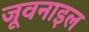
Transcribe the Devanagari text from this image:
जूवनाइल